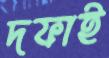
দফাই